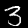
Label: 3